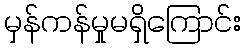
မှန်ကန်မှုမရှိကြောင်း